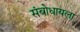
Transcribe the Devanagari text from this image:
संबोधायला